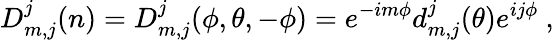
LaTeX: D_{m,j}^{j}(n)=D_{m,j}^{j}(\phi,\theta,-\phi)=e^{-im\phi}d_{m,j}^{j}(\theta)e^{ij\phi}\ ,